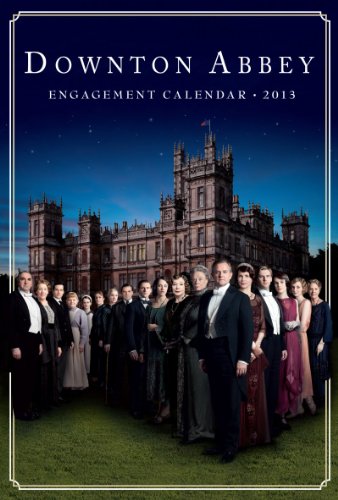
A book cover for Downton Abbey Engagement Calendar 2013; Calendars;